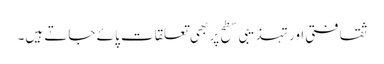
ثقافتی اور تہذیبی سطح پر بھی تعلقات پائے جاتے ہیں۔